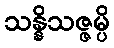
သန္နိသဇ္ဇမ္ပိ